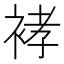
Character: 𰳽